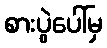
စားပွဲပေါ်မှ